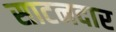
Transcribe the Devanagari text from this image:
साटनदार